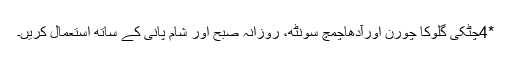
*4چٹکی گلوکا چورن اورآدھاچمچ سونٹھ، روزانہ صبح اور شام پانی کے ساتھ استعمال کریں۔